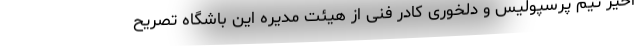
اخیر تیم پرسپولیس و دلخوری کادر فنی از هیئت مدیره این باشگاه تصریح